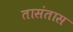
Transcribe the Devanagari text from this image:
तासंतास